Paatsalu_vallavalitsus, lk 10
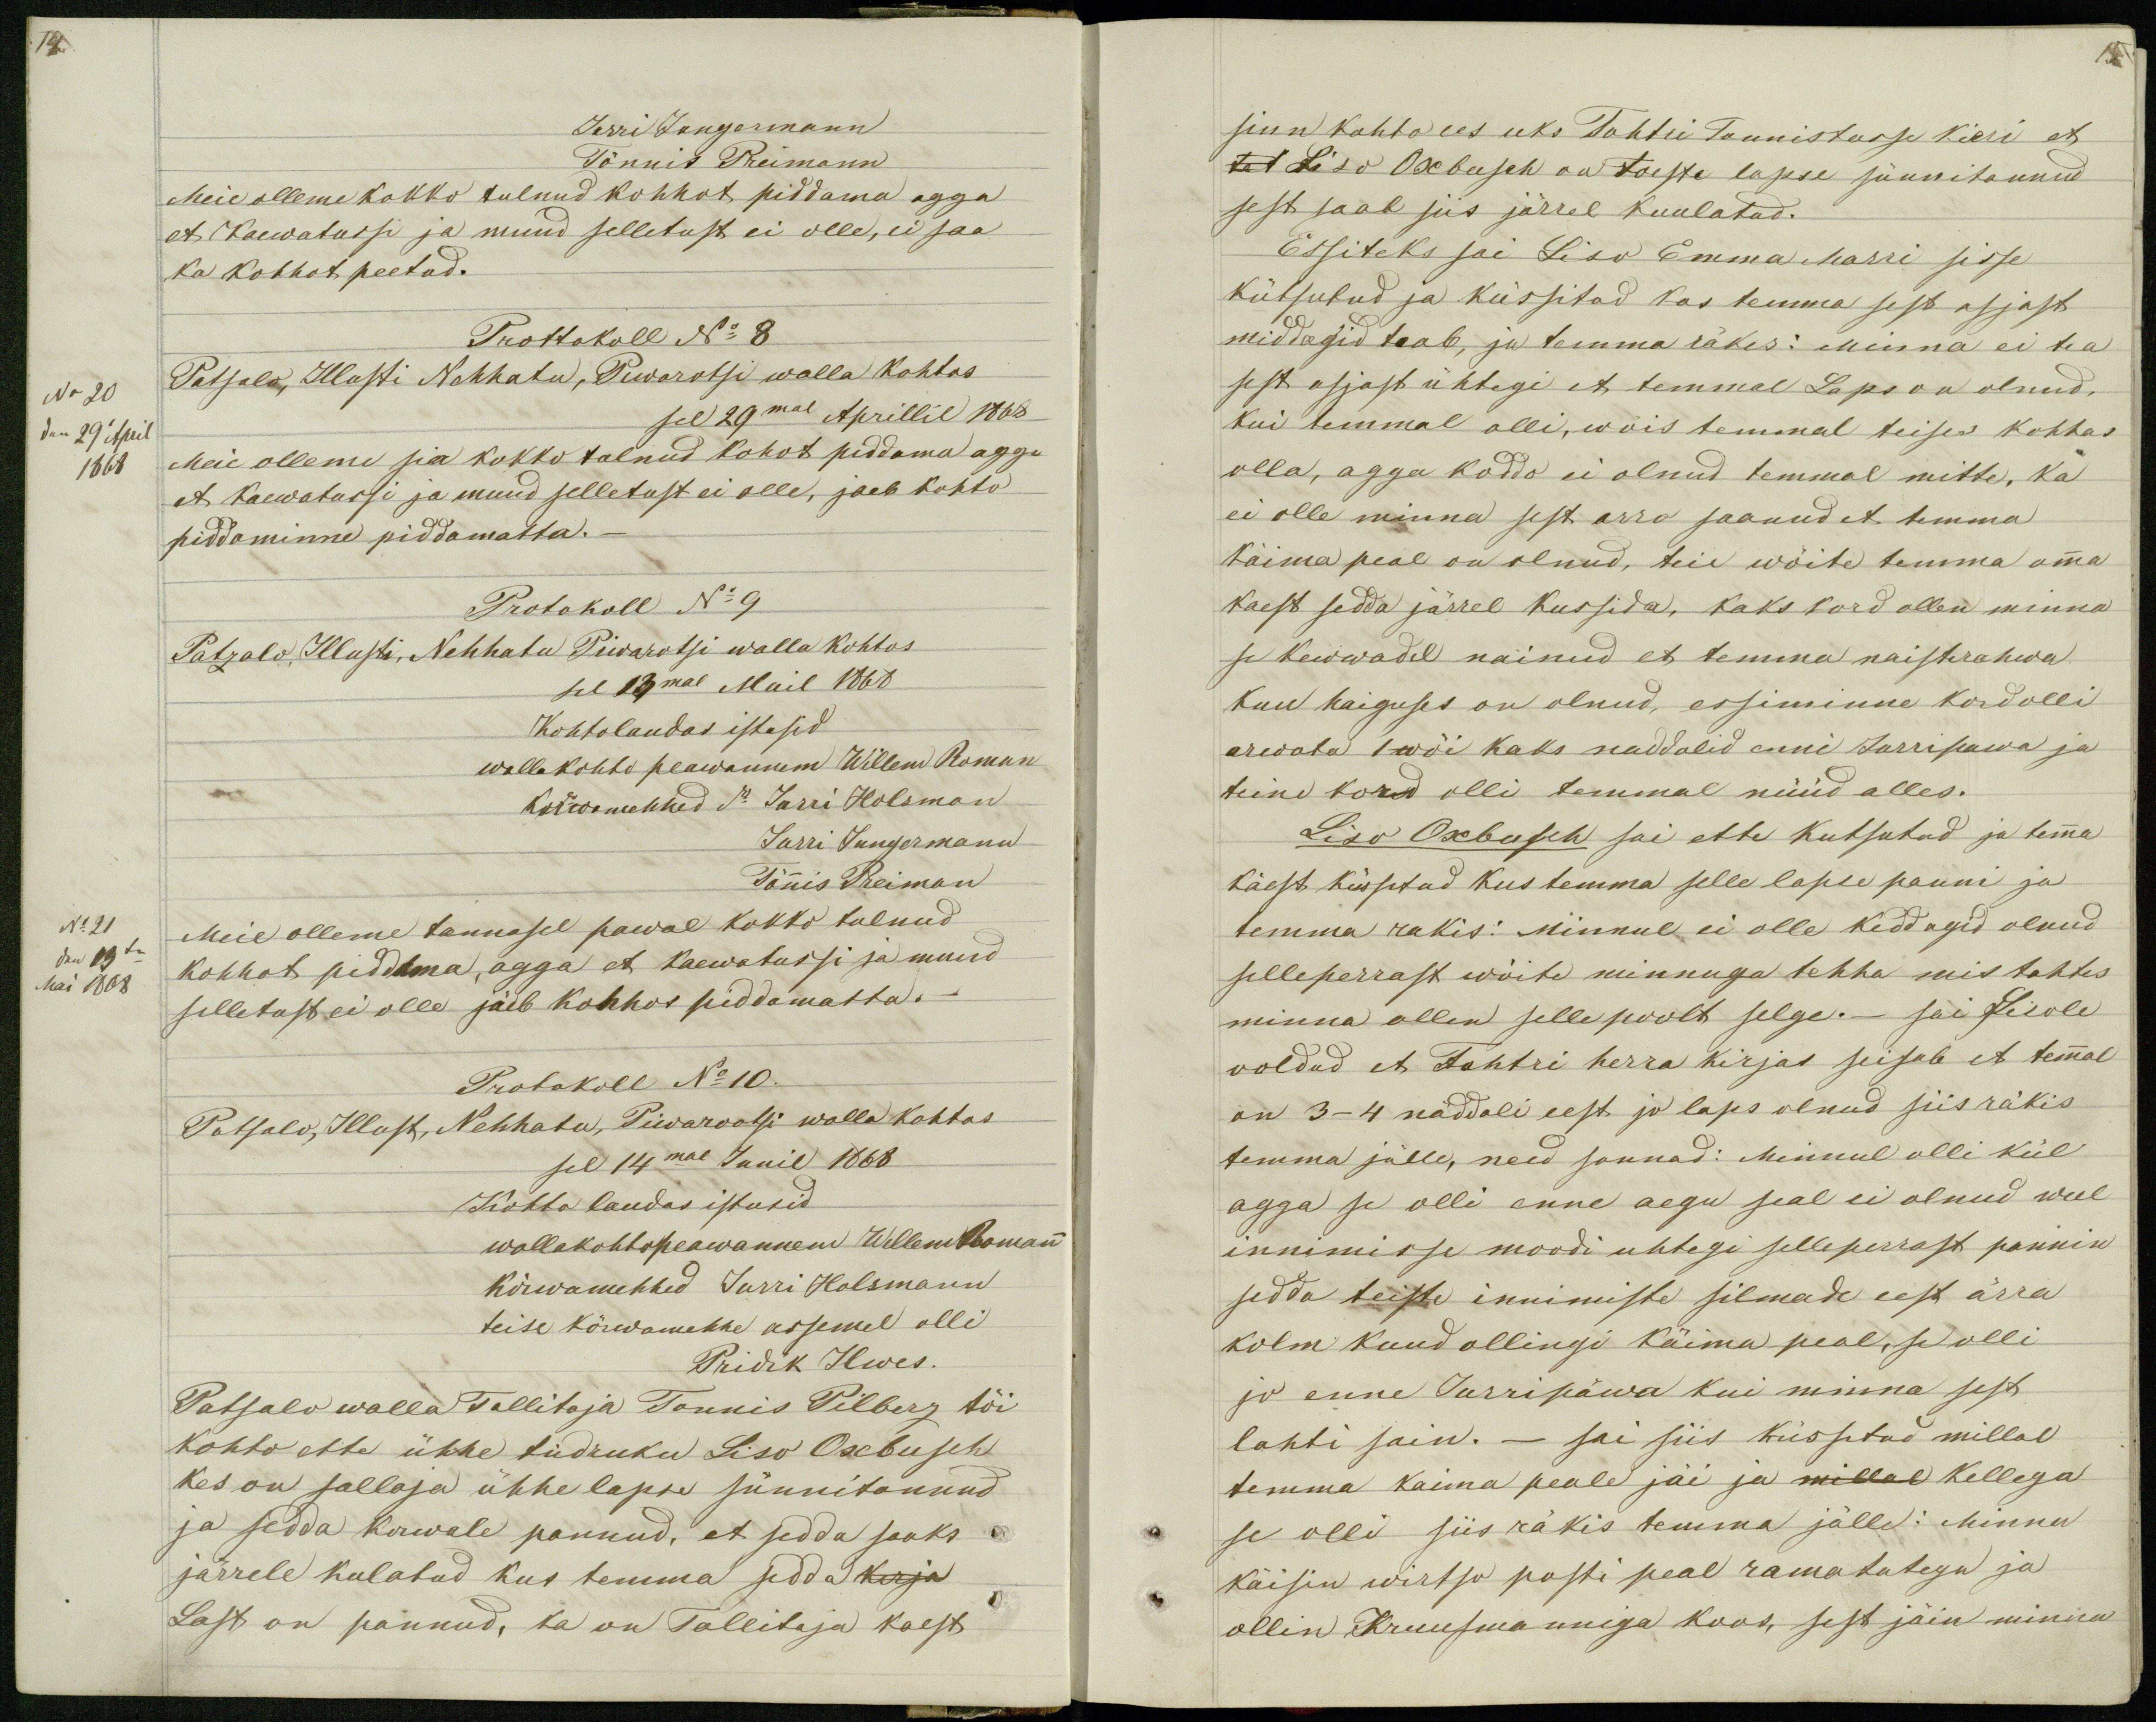
15

Jurri Jungermann
Tönnis Preimann
Meie olleme kokko tulnud kohhot piddama agga
et Kaewatussi ja muud selletust ei olle, ei saa
ka kohhot peetud.
Prottokoll No 8
No 20
Patsalo, Illusti Nehhatu, Piwarotsi walla kohtos
den 29´ April
sel 29mal Aprillil 1868
1868
Meie olleme sia kokko tulnud kohot piddama agga
et kaewatussi ja muud selletust ei olle, jaeb kohto
piddominne piddamatta._
Protokoll No 9
Patzalo, Illusti, Nehhatu Piwarotsi walla kohtos
sel 13mal Mail 1868
Kohtolaudas istusid
wallakohto peawannem Willem Roman
Kõrwamehhed do Jurri Holsman
Jurri Jungermann
Tönnis Preiman
No 21
Meie olleme tannasel pawal kokko tulnud
den 13 te
kohhot piddama, agga et kaewatussi ja muud
Mai 1868
selletust ei olle jäeb kohhos piddamatta._
Protokoll No 10.
Patsalo, Illust, Nehhatu, Piwaruotsi walla kohtos
sel 14mal Junil 1868
Kohto laudas istusid
wallakohtopeawannem Wellem Romann
kõrwamehhed Jurri Holsmann
teise kõrwamehhe assemel olli
Pridik Ilwes.
Patsalo walla Tallitaja Tonnis Pilberg tõi
kohto ette ühhe tüdruku Liso Oxbusch
kes on sallaja ühhe lapse sünnitannud
ja sedda korwale pannud, et sedda saaks
järrele kulatud kus temma seda kerja
Last on pannud, ka on Tallitaja kaest

sinn kohto ees uks Tohtri Tunnistusse kirri et
tat Liso Oxbusch on toeste lapse sünnitannud
sest saab siis järrel kuulatud.
Essiteks sai Liso Emma Marri sisse
kütsutud ja küssitud kas temma sest asjast
middagid teab, ja temma räkes: Minna ei tea
sest asjast ühtegi et temmal Laps on olnud,
kui temmal olli, wois temmal teises kohhas
olla, agga koddo ei olnud temmal mitte, ka
ei olle minna sest arro saanud et temma
käima peal on olnud, teie wõite temma omma
kaest sedda järrel kussida, kaks kord ollen minna
se kewwadel nainud et temma naisterahwa
kuu haiguses on olnud, essiminne kord olli
arwata 1 wõi kaks naddalid enni Jurripawa ja
teine kord olli temmal nüüd alles.
Liso Oxbusch sai ette kutsutud ja temma
käest küssetud kus temma selle lapse panni ja
temma rakis: Minnul ei olle keddagid olnud
selleperrast wõite minnuga tehha mis tahtes
minna ollen selle poolt selge._ sai Lisole
ooldud et Tohtri herra kirjas seisab et temmal
on 3-4 näddali eest jo laps olnud siis räkis
temma jälle, need sonnad: Minnul olli kül
agga se olli enne aegu seal ei olnud weel
innimisse moodi uhtegi selleperrast pannin
sedda teiste innimiste silmade eest ärra
kolm kuud ollingi käima peal, se olli
jo enne Jurripäwa kui minna sest
lahti sain. _sai siis küssitud millal
temma kaima peale jäi ja millal kellega
se olli siis räkis temma jälle: Minna
käisin wirtso posti peal ramatutega ja
ollin Kruusmanniga koos, sest jäin minna